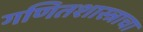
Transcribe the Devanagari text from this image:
गणितशास्त्राचा